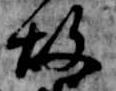
故